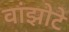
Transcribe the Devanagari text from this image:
वांझोटे